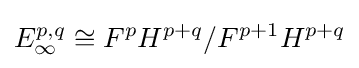
E_{\infty }^{p,q}\cong F^{p}H^{p+q}/F^{p+1}H^{p+q}